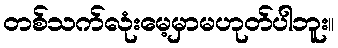
တစ်သက်လုံးမေ့မှာမဟုတ်ပါဘူး။